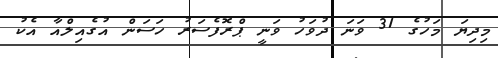
މިދިޔަ މަހުގެ 31 ވަނަ ދުވަހު ވަނީ ޕްރޮފެސަރު ހަސަން އުގެއިލްއާ އެކު